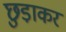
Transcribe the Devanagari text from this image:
छुडा़कर